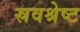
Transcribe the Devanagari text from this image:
स्रवश्रेष्ट